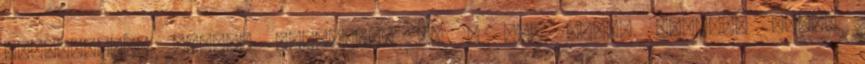
kapcsolatok között említendő az a 444 által feltárt tény,